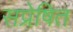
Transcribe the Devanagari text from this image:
सप्रेषित